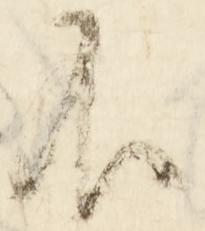
不